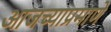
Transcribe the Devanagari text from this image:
आजच्याप्रमाणे